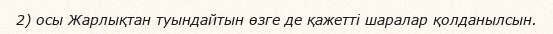
2) осы Жарлықтан туындайтын өзге де қажетті шаралар қолданылсын.